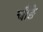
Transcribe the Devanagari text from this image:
चौङे